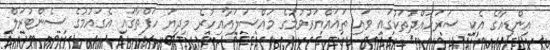
އިންޑިއާގެ އެކި ސަރަހައްދުތަކުގައި ވައި ތަޣައްޔަރުވުމުގެ މައްސަލައާއިހުރެ މިދިޔަ ހަފްތާގައި އެގައުމުގެ ސެންޓުރަލް